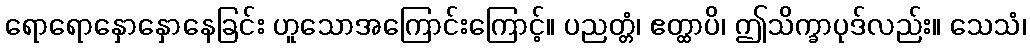
ရောရောနှောနှောနေခြင်း ဟူသောအကြောင်းကြောင့်။ ပညတ္တံ၊ ဧတ္ထာပိ၊ ဤသိက္ခာပုဒ်လည်း။ သေသံ၊